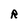
Character: R